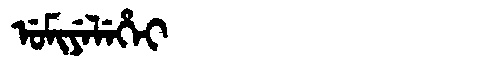
Manchu: ᡠᠮᡳᠶᡝᠯᡝᡥᡝᡳ
Romanization: UMIYELEHEI